King Institute of Preventive Medicine Micro-Biological Section reports 1912-19
Year: 1912
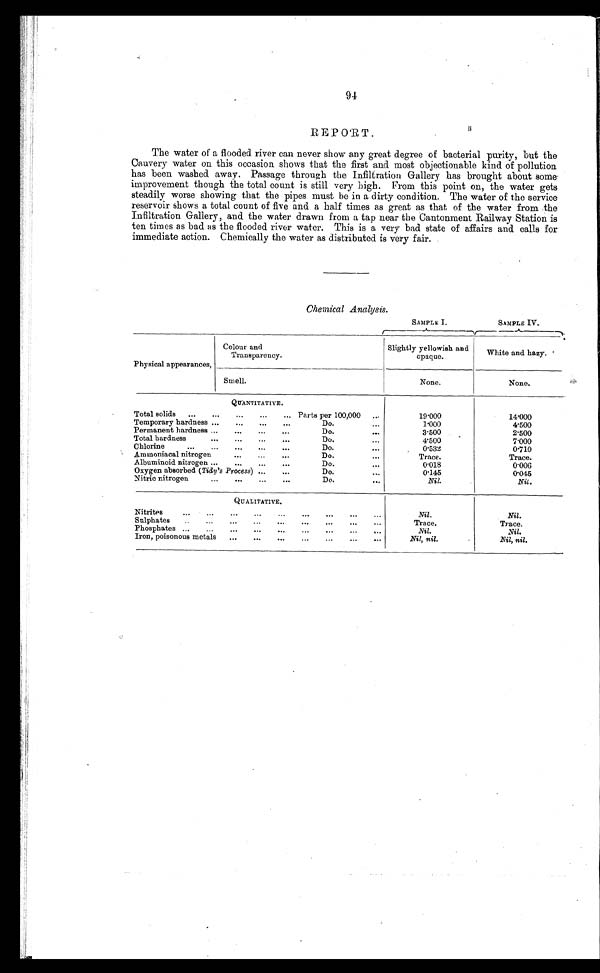
94
REPORT.
The water of a flooded river can never show any great degree of bacterial purity, but the
Cauvery water on this occasion shows that the first and most objectionable kind of pollution
has been washed away. Passage through the Infiltration Gallery has brought about some
improvement though the total count is still very high. From this point on, the water gets
steadily worse showing that the pipes must be in a dirty condition. The water of the service
reservoir shows a total count of five and a half times as great as that of the water from the
Infiltration Gallery, and the water drawn from a tap near the Cantonment Railway Station is
ten times as bad as the flooded river water. This is a very bad state of affairs and calls for
immediate action. Chemically the water as distributed is very fair.
Chemical Analysis.
SAMPLE I.
SAMPLE IV.
Physical appearances,
Colour and
Transparency.
Slightly yellowish and
opaque.
White and hazy.
Smell.
None.
None.
QUANTITATIVE.
Total solids
...
...
...
...
... Parts per 100,000
19.000
14.000
Temporary hardness ...
...
...
...
Do.
1.000
4.500
Permanent hardness ...
...
...
...
Do.
3.500
2.500
Total hardness
...
...
...
...
Do.
4.500
7.000
Chlorine
...
...
...
...
...
Do.
0.532
0.710
Ammoniacal nitrogen
...
. . .
Do.
Trace.
Trace.
Albuminoid nitrogen ...
...
...
...
Do.
0.018
0 . 0 0 6
Oxygen absorbed ( Tidy's Process) ...
...
Do.
0.145
0.045
Nitric nitrogen
...
...
...
. . .
Do.
Nil.
Nil.
QUALITATIVE.
Ni trites
...
...
...
...
...
...
...
...
...
Nil.
Nil.
S ulphates
..
...
...
...
...
...
...
...
...
Trace.
Trace.
Phosphates ...
...
...
...
...
...
...
...
...
Nil.
Nil.
Iron, poisonous metals
...
...
...
...
...
...
. . .
Nil, nil.
Nil, nil.